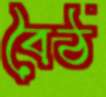
বৈঠ